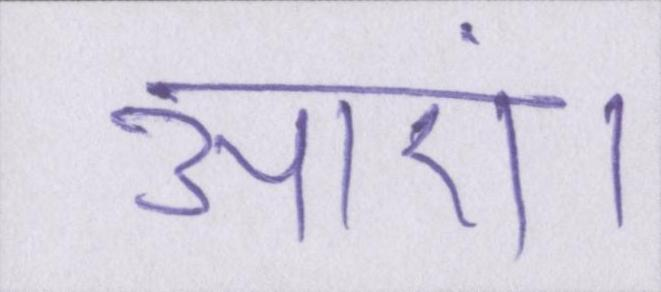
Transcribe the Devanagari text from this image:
आएं।